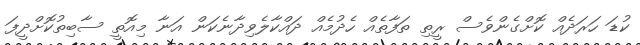
ކުޑަ ހަރަދެއް ކޮށްގެންވެސް ރީތި ތަފާތެއް ހެދުމެއް ދައްކާލެވިދާނެކަން އަނާ މިއޮތީ ސާބިތުކޮށްދީފަ